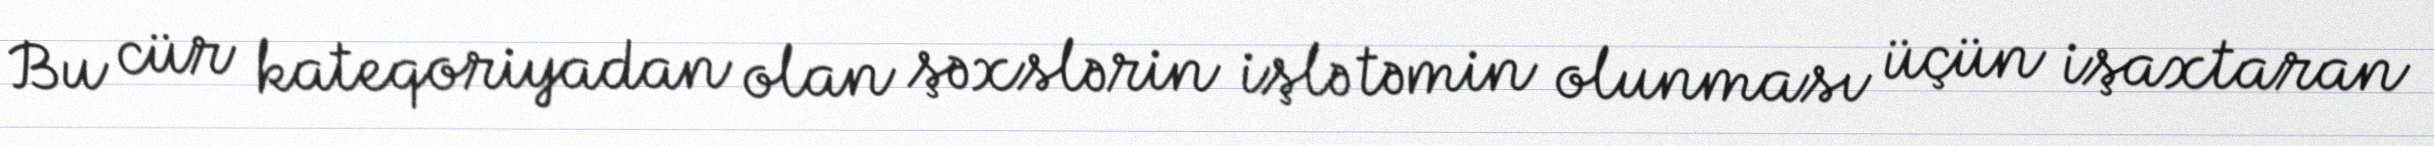
Bu cür kateqoriyadan olan şəxslərin işlə təmin olunması üçün işaxtaran